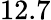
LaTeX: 12.7